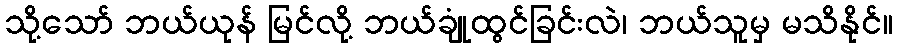
သို့သော် ဘယ်ယုန် မြင်လို့ ဘယ်ချုံထွင်ခြင်းလဲ၊ ဘယ်သူမှ မသိနိုင်။